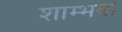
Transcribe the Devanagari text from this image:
शाम्भवी